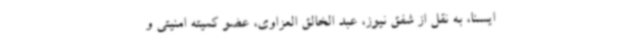
ایسنا، به نقل از شفق نیوز، عبد الخالق العزاوی، عضو کمیته امنیتی و